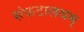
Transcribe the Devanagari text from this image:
संकटालयम्